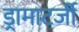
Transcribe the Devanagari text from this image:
ड्रामाटर्जी